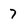
Character: 7